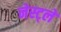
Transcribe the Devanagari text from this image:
नेस्ट्ले